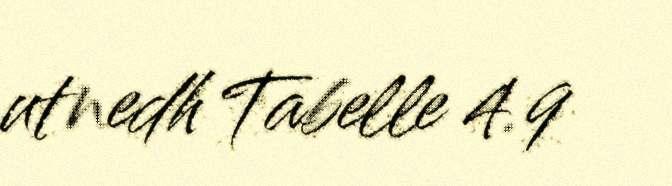
utnedh Tabelle 4.9